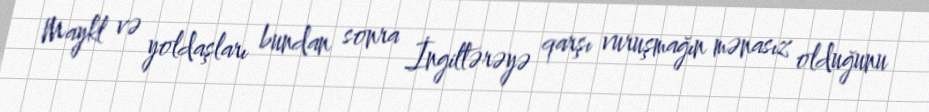
Maykl və yoldaşları bundan sonra İngiltərəyə qarşı vuruşmağın mənasız olduğunu